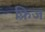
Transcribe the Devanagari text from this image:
फ़्रिज